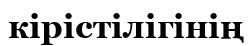
кірістілігінің